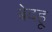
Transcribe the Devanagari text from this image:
बेदहू